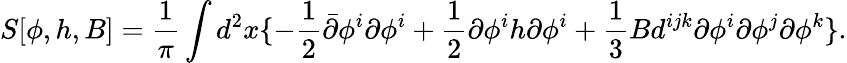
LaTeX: S[\phi,h,B]=\frac{1}{\pi}\int d^{2}x\{ -\frac{1}{2}\bar{\partial}\phi^{i}\partial\phi^{i}+\frac{1}{2}\partial\phi^{i}h\partial\phi^{i}+\frac{1}{3}Bd^{ijk}\partial\phi^{i}\partial\phi^{j}\partial\phi^{k}\} .